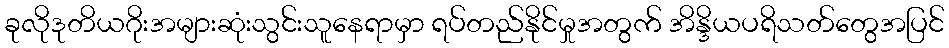
ခုလိုဒုတိယဂိုးအများဆုံးသွင်းသူနေရာမှာ ရပ်တည်နိုင်မှုအတွက် အိန္ဒိယပရိသတ်တွေအပြင်